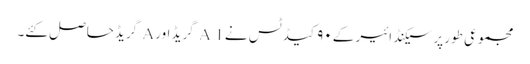
مجموعی طور پر سیکنڈ ائیر کے ۹۰ کیڈ ٹس نے A 1 گریڈ اور A گریڈحاصل کئے۔